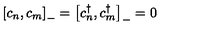
\left[ c _ { n } , c _ { m } \right] _ { - } = \left[ c _ { n } ^ { \dagger } , c _ { m } ^ { \dagger } \right] _ { - } = 0